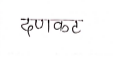
मजकूर: दणकट